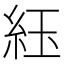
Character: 𬗈